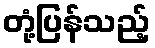
တုံ့ပြန်သည့်